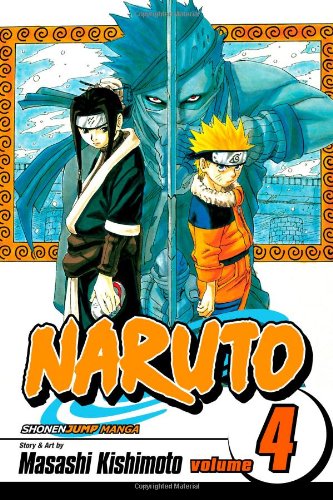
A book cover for Naruto, Vol. 4: Hero's Bridge; Masashi Kishimoto; Children's Books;